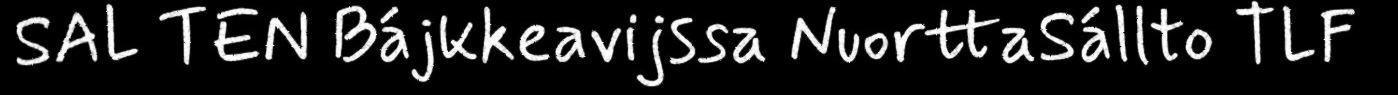
SAL TEN Bájkkeavijssa NuorttaSállto TLF